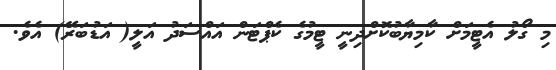
މި ގޯލު އެޓީމަށް ކާމިޔާބުކޮށްދިނީ ޓީމުގެ ކެޕްޓަން އައްސަދު އަލީ( އަަޑުބަރޭ) އެވެ.